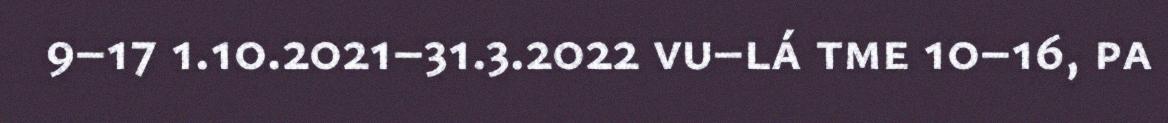
9–17 1.10.2021–31.3.2022 vu–lá tme 10–16, pa